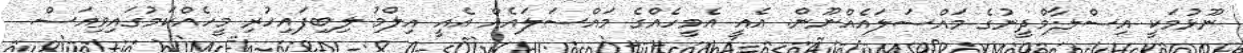
ނޫޅުމަކީ އިސްލާމްދީނުގެ މައްސަލައެއްނޫން. އެއީ އެމީހެއްގެ މައްސަލައެއް އެއީ އިލްމު ލިބިފައިހުރި މީހެއްކަމުގައިވިއަސް.